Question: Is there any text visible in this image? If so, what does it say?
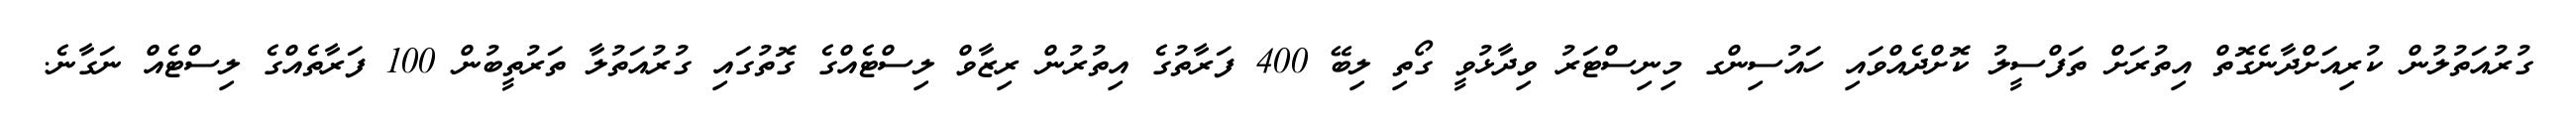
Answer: ގުރުއަތުލުން ކުރިއަށްދާނެގޮތް އިތުރަށް ތަފްސީލު ކޮށްދެއްވައި ހައުސިންގ މިނިސްޓަރު ވިދާޅުވީ ގޯތި ލިބޭ 400 ފަރާތުގެ އިތުރުން ރިޒާވް ލިސްޓެއްގެ ގޮތުގައި ގުރުއަތުލާ ތަރުތީބުން 100 ފަރާތެއްގެ ލިސްޓެއް ނަގާނެ.